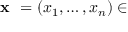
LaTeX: { \textbf { x } } = ( x _ { 1 } , \dots , x _ { n } ) \in